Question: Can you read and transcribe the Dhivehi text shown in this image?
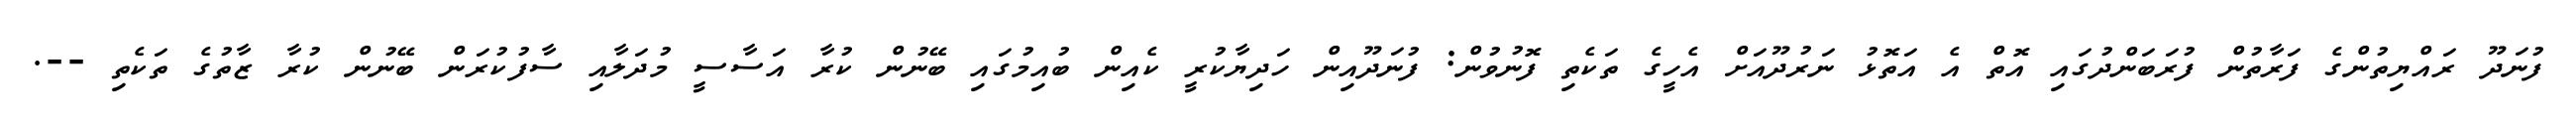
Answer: ފުނަދޫ ރައްޔިތުންގެ ފަރާތުން ފުރަބަންދުގައި އޮތް އެ އަތޮޅު ނަރުދޫއަށް އެހީގެ ތަކެތި ފޮނުވުން: ފުނަދޫއިން ހަދިޔާކުރީ ކެއިން ބުއިމުގައި ބޭނުން ކުރާ އަސާސީ މުދަލާއި ސާފުކުރަން ބޭނުން ކުރާ ޒާތުގެ ތަކެތި --.